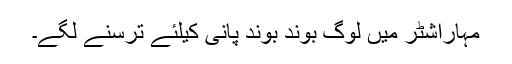
مہاراشٹر میں لوگ بوند بوند پانی کیلئے ترسنے لگے۔